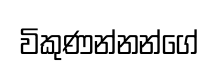
විකුණන්නන්ගේ